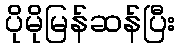
ပိုမိုမြန်ဆန်ပြီး